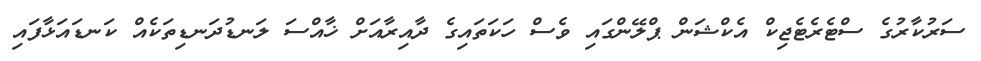
ސަރުކާރުގެ ސްޓެރެޓެޖިކް އެކްޝަން ޕްލޭންގައި ވެސް ހަކަތައިގެ ދާއިރާއަށް ޚާއްސަ ލަނޑުދަނޑިތަކެއް ކަނޑައަޅާފައި